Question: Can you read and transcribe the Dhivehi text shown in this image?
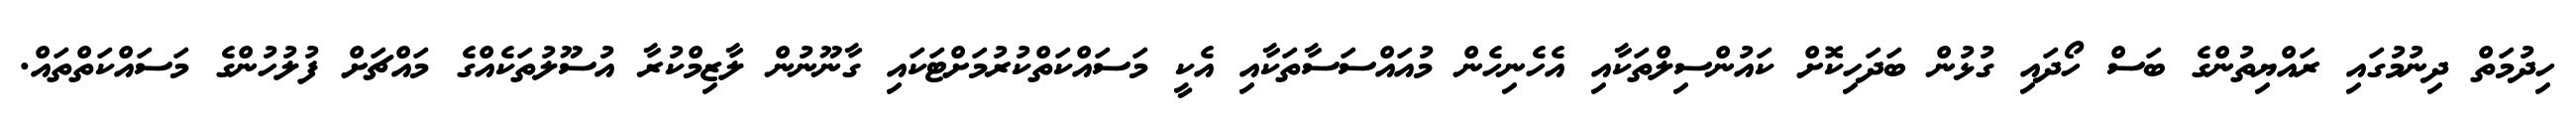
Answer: ހިދުމަތް ދިނުމުގައި ރައްޔިތުންގެ ބަސް ހޯދައި ގުޅުން ބަދަހިކޮށް ކައުންސިލްތަކާއި އެހެނިހެން މުއައްސަސާތަކާއި އެކީ މަސައްކަތްކުރުމަށްޓަކައި ގާނޫނުން ލާޒިމްކުރާ އުސޫލުތަކެއްގެ މައްޗަށް ފުލުހުންގެ މަސައްކަތްތައް.